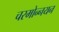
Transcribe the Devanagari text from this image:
चरमोन्नयन